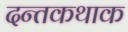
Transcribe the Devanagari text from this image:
दन्तकथाक